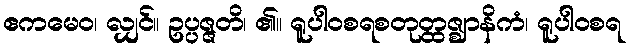
ဧကမေဝ၊ လျှင်။ ဥပ္ပဇ္ဇတိ၊ ၏။ ရူပါဝစရစတုတ္ထဇ္ဈာနိကံ၊ ရူပါဝစရ